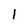
Character: 1